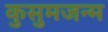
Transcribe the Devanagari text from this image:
कुसुमजन्म